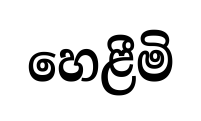
හෙළීමි